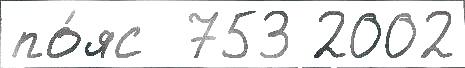
по́яс  753 2002